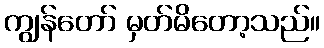
ကျွန်တော် မှတ်မိတော့သည်။